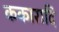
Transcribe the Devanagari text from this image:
ककारादि